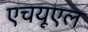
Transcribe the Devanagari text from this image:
एचयूएल